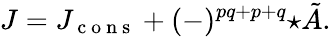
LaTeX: J=J_{\mathrm{~c~o~n~s~}}+(-)^{pq+p+q}{\star\tilde{A}}.